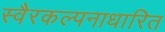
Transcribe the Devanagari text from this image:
स्वैरकल्पनाधारित